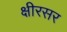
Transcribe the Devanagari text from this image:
क्षीरसर